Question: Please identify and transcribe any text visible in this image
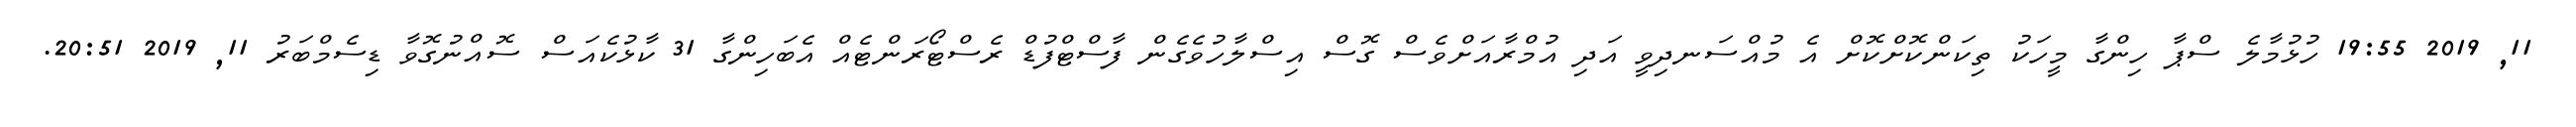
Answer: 11, 2019 19:55 ހުޅުމާލެ ސްޕާ ހިންގާ މީހަކު ތިކަންކޮށްކޮށް އެ މުއްސަނދިވީ އަދި އުމްރާއަށްވެސް ގޮސް އިސްލާހުވެގެން ފާސްޓްފުޑް ރެސްޓޯރަންޓެއް އެބަހިންގާ 31 ކާޅުކެއަސް ސޮއްނުގޮވާ ޑިސެމްބަރު 11, 2019 20:51.